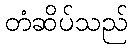
တံဆိပ်သည်